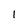
Character: 1